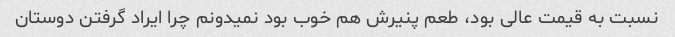
نسبت به قیمت عالی بود، طعم پنیرش هم خوب بود نمیدونم چرا ایراد گرفتن دوستان